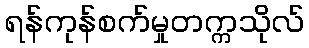
ရန်ကုန်စက်မှုတက္ကသိုလ်